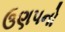
ઉણપનો